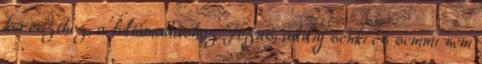
kereszthez, a feltámadáshoz Jézus, addig senki és semmi nem